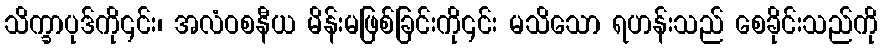
သိက္ခာပုဒ်ကို၎င်း၊ အလံဝစနီယ မိန်းမဖြစ်ခြင်းကို၎င်း မသိသော ရဟန်းသည် စေခိုင်းသည်ကို